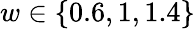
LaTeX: w\in\{ 0.6,1,1.4\}